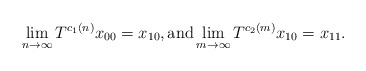
\begin{align*}\lim_{n\to\infty}T^{c_1(n)}x_{00}=x_{10}, \textup{and} \lim_{m\to\infty}T^{c_2(m)}x_{10}=x_{11}.\end{align*}